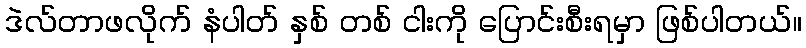
ဒဲလ်တာဖလိုက် နံပါတ် နှစ် တစ် ငါးကို ပြောင်းစီးရမှာ ဖြစ်ပါတယ်။